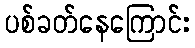
ပစ်ခတ်နေကြောင်း